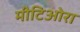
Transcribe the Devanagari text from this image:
मीटिओरा